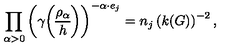
\prod _ { \alpha > 0 } \left( \gamma { \rho _ { \alpha } \overwithdelims ( ) h } \right) ^ { - \alpha \cdot e _ { j } } = n _ { j } \left( k ( G ) \right) ^ { - 2 } ,